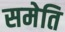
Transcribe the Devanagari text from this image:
समेति